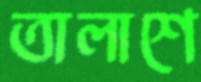
তালাশে